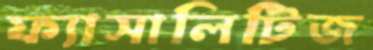
ফ্যাসালিটিজ